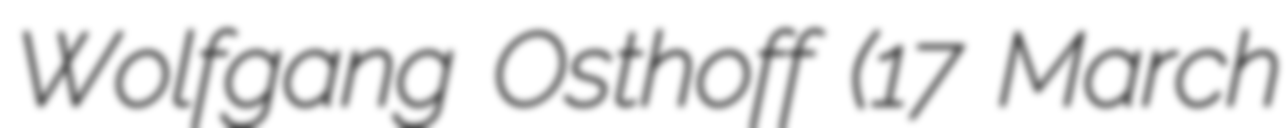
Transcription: Wolfgang Osthoff (17 March